Lunatic asylums Punjab 1881-1894 - 1881-1894
Year: 1881
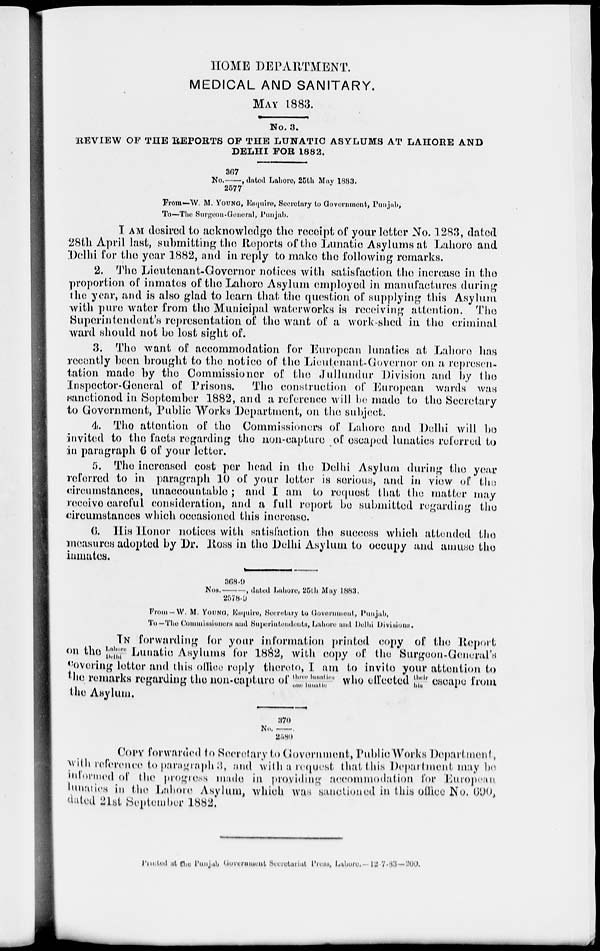
HOME DEPARTMENT.
MEDICAL AND SANITARY.
MAY 1883.
No. 3.
REVIEW OF THE REPORTS OF THE LUNATIC ASYLUMS AT LAHORE AND
DELHI FOR 1882.
No. 367/ 2577, dated Lahore, 25th May 1883.
From-W. M. YOUNG, Esquire, Secretary to Government, Punjab,
To-The Surgeon-General, Punjab.
I AM desired to acknowledge the receipt of your letter No. 1283, dated
28th April last, submitting the Reports of the Lunatic Asylums at Lahore and
Delhi for the year 1882, and in reply to make the following remarks.
2. The Lieutenant-Governor notices with satisfaction the increase in the
proportion of inmates of the Lahore Asylum employed in manufactures during
the year, and is also glad to learn that the question of supplying this Asylum
with pure water from the Municipal waterworks is receiving attention. The
Superintendent's representation of the want of a work-shed in the criminal
ward should not be lost sight of.
3. The want of accommodation for European lunatics at Lahore has
recently been brought to the notice of the Lieutenant-Governor on a represen-
tation made by the Commissioner of the Jullundur Division and by the
Inspector-General of Prisons.
The construction of European wards was
sanctioned in September 1882, and a reference will be made to the Secretary
to Government, Public Works Department, on the subject.
4. The attention of the Commissioners of Lahore and Delhi will be
invited to the facts regarding the non-capture of escaped lunatics referred to
in paragraph 6 of your letter.
5. The increased cost per head in the Delhi Asylum during the year
referred to in paragraph 10 of your letter is serious, and in view of the
circumstances, unaccountable ; and I am to request that the matter may
receive careful consideration, and a full report be submitted regarding the
circumstances which occasioned this increase.
6. His Honor notices with satisfaction the success which attended the
measures adopted by Dr. Ross in the Delhi Asylum to occupy and amuse the
inmates.
Nos. 368.9/2578.9, dated Lahore, 25th May 1883.
From-W. M. YOUNG, Esquire, Secretary to Govornment, Punjab,
To —The Commissioners and Superintendents, Lahore and Delhi Divisions.
IN forwarding for your information printed copy of the Report
on the Lahore Delhi Lunatic Asylums for 1882, with copy of the Surgeon-General's
covering letter and this office reply thereto, I am to invite your attention to
the remarks regarding the non-capture of three lunatics one lunatic who effected their his escape from
the Asylum.
No.370/2580.
COPY forwarded to Secretary to Government, Public Works Department,
with reference to paragraph 3, and with a request that this Deprartment may be
informed of the progress made in providing accommodation for European
lunatics in the Lahore Asylum, which was sanctioned in this office No. 690,
dated 21st September 1882.
Printed at the Punjab, Government Secretariat Press, Lahore. 12 7-83 — 200.